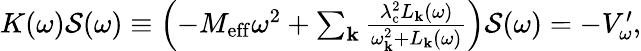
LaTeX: \begin{array}{r}{K(\omega)\mathcal{S}(\omega)\equiv\left(-M_{\mathrm{eff}}\omega^{2}+\sum_{\mathbf{k}}\frac{\lambda_{\mathrm{c}}^{2}L_{\mathbf{k}}(\omega)}{\omega_{\mathbf{k}}^{2}+L_{\mathbf{k}}(\omega)}\right)\mathcal{S}(\omega)=-V_{\omega}^{\prime},}\end{array}